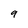
Character: 9